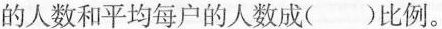
的人数和平均每户的人数成( )比例。